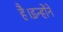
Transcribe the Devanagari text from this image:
है।इन्होंने